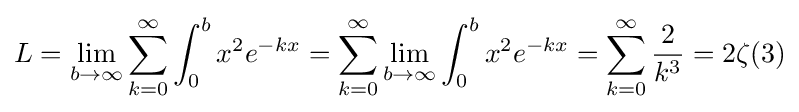
L=\lim _{b\to \infty }\sum _{k=0}^{\infty }\int _{0}^{b}x^{2}e^{-kx}=\sum _{k=0}^{\infty }\lim _{b\to \infty }\int _{0}^{b}x^{2}e^{-kx}=\sum _{k=0}^{\infty }{\frac {2}{k^{3}}}=2\zeta (3)